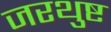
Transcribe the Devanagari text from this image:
जरथुष्ट